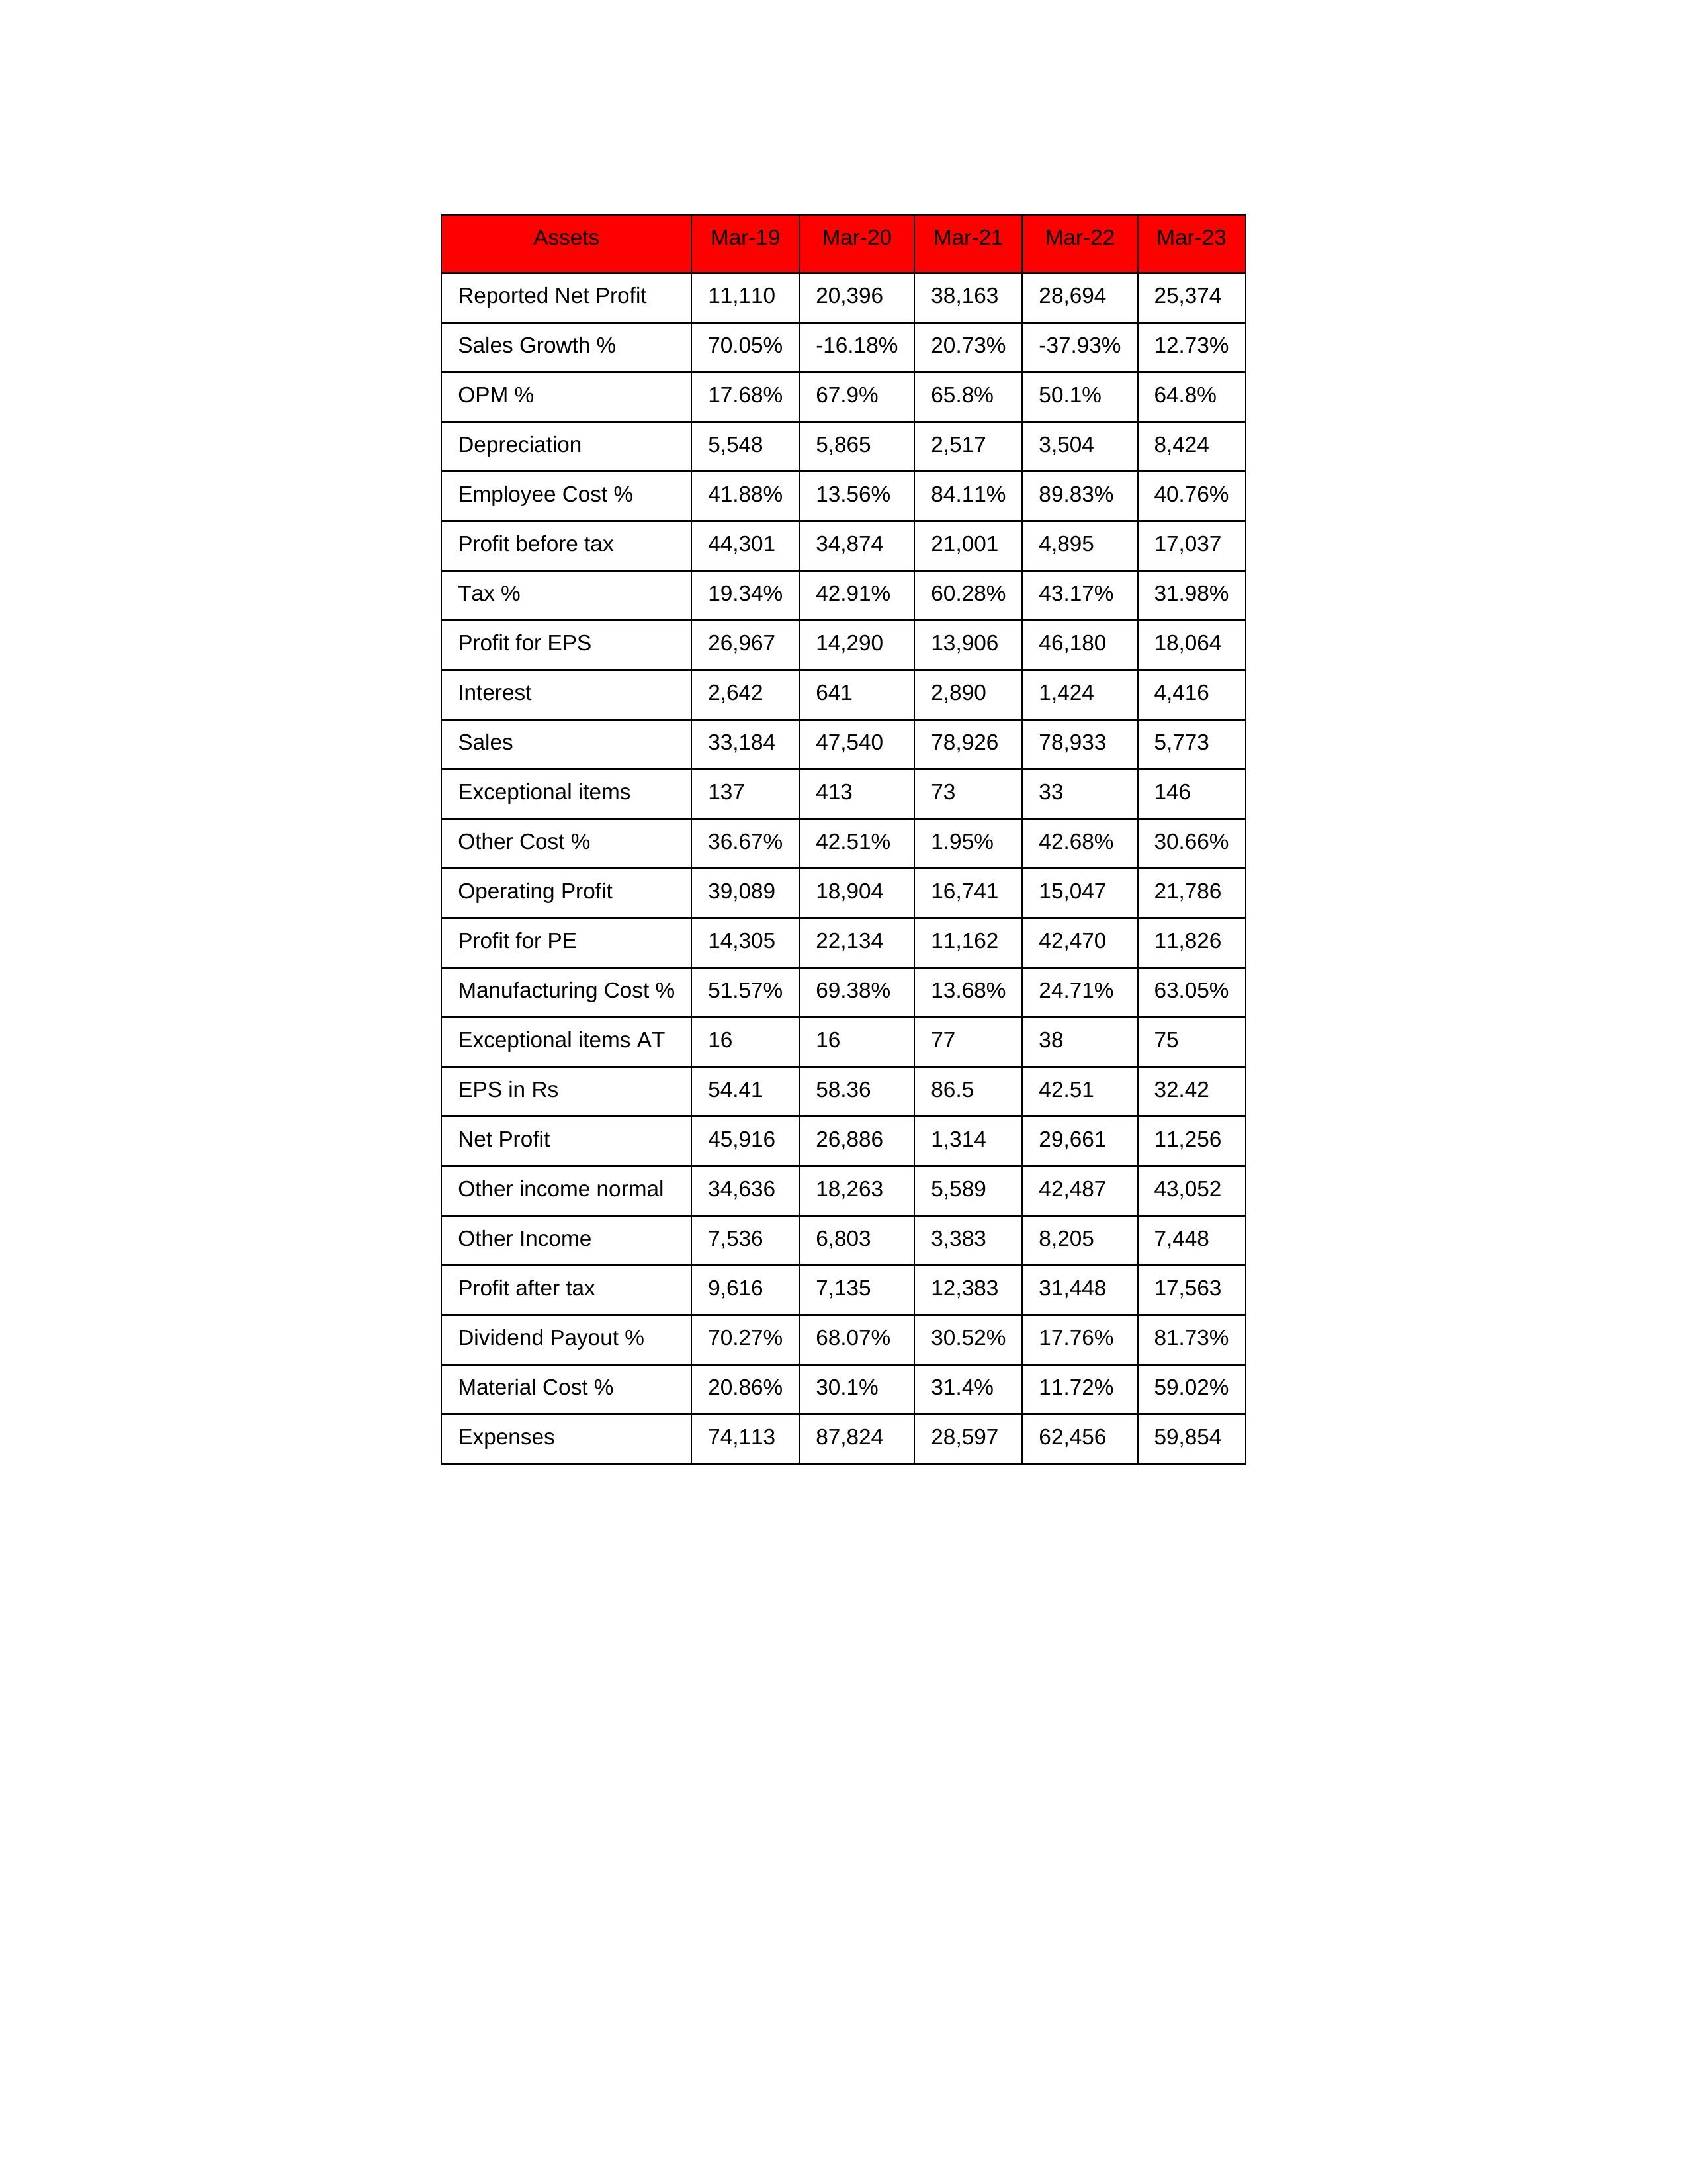
gt_parse: Mar-19: Sales: 33,184
Sales Growth %: 70.05%
Expenses: 74,113
Material Cost %: 20.86%
Manufacturing Cost %: 51.57%
Employee Cost %: 41.88%
Other Cost %: 36.67%
Operating Profit: 39,089
OPM %: 17.68%
Other Income: 7,536
Exceptional items: 137
Other income normal: 34,636
Interest: 2,642
Depreciation: 5,548
Profit before tax: 44,301
Tax %: 19.34%
Net Profit: 45,916
Profit after tax: 9,616
Reported Net Profit: 11,110
Profit for EPS: 26,967
Exceptional items AT: 16
Profit for PE: 14,305
EPS in Rs: 54.41
Dividend Payout %: 70.27%
Mar-20: Sales: 47,540
Sales Growth %: -16.18%
Expenses: 87,824
Material Cost %: 30.1%
Manufacturing Cost %: 69.38%
Employee Cost %: 13.56%
Other Cost %: 42.51%
Operating Profit: 18,904
OPM %: 67.9%
Other Income: 6,803
Exceptional items: 413
Other income normal: 18,263
Interest: 641
Depreciation: 5,865
Profit before tax: 34,874
Tax %: 42.91%
Net Profit: 26,886
Profit after tax: 7,135
Reported Net Profit: 20,396
Profit for EPS: 14,290
Exceptional items AT: 16
Profit for PE: 22,134
EPS in Rs: 58.36
Dividend Payout %: 68.07%
Mar-21: Sales: 78,926
Sales Growth %: 20.73%
Expenses: 28,597
Material Cost %: 31.4%
Manufacturing Cost %: 13.68%
Employee Cost %: 84.11%
Other Cost %: 1.95%
Operating Profit: 16,741
OPM %: 65.8%
Other Income: 3,383
Exceptional items: 73
Other income normal: 5,589
Interest: 2,890
Depreciation: 2,517
Profit before tax: 21,001
Tax %: 60.28%
Net Profit: 1,314
Profit after tax: 12,383
Reported Net Profit: 38,163
Profit for EPS: 13,906
Exceptional items AT: 77
Profit for PE: 11,162
EPS in Rs: 86.5
Dividend Payout %: 30.52%
Mar-22: Sales: 78,933
Sales Growth %: -37.93%
Expenses: 62,456
Material Cost %: 11.72%
Manufacturing Cost %: 24.71%
Employee Cost %: 89.83%
Other Cost %: 42.68%
Operating Profit: 15,047
OPM %: 50.1%
Other Income: 8,205
Exceptional items: 33
Other income normal: 42,487
Interest: 1,424
Depreciation: 3,504
Profit before tax: 4,895
Tax %: 43.17%
Net Profit: 29,661
Profit after tax: 31,448
Reported Net Profit: 28,694
Profit for EPS: 46,180
Exceptional items AT: 38
Profit for PE: 42,470
EPS in Rs: 42.51
Dividend Payout %: 17.76%
Mar-23: Sales: 5,773
Sales Growth %: 12.73%
Expenses: 59,854
Material Cost %: 59.02%
Manufacturing Cost %: 63.05%
Employee Cost %: 40.76%
Other Cost %: 30.66%
Operating Profit: 21,786
OPM %: 64.8%
Other Income: 7,448
Exceptional items: 146
Other income normal: 43,052
Interest: 4,416
Depreciation: 8,424
Profit before tax: 17,037
Tax %: 31.98%
Net Profit: 11,256
Profit after tax: 17,563
Reported Net Profit: 25,374
Profit for EPS: 18,064
Exceptional items AT: 75
Profit for PE: 11,826
EPS in Rs: 32.42
Dividend Payout %: 81.73%